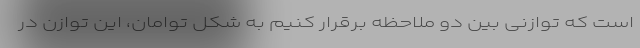
است که توازنی بین دو ملاحظه برقرار کنیم به شکل توامان، این توازن در